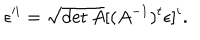
LaTeX: \epsilon ^ { i } = \sqrt { \det A } [ ( A ^ { - 1 } ) ^ { t } \epsilon ] ^ { i } .